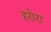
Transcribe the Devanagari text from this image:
हरोरा